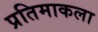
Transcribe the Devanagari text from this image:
प्रतिमाकला